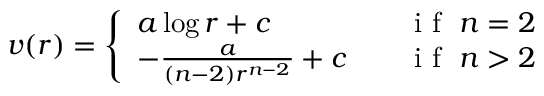
\begin{array} { r } { v ( r ) = \left\{ \begin{array} { l l } { a \log r + c \quad } & { \mathrm { ~ i ~ f ~ } \; n = 2 } \\ { - \frac { a } { ( n - 2 ) r ^ { n - 2 } } + c \quad } & { \mathrm { ~ i ~ f ~ } \; n > 2 } \end{array} \right. } \end{array}